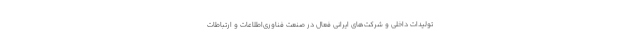
تولیدات داخلی و شرکت‌های ایرانی فعال در صنعت فناوری‌اطلاعات و ارتباطات